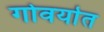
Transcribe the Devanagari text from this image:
गोवर्यात